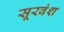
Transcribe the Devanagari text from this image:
सूरवंश